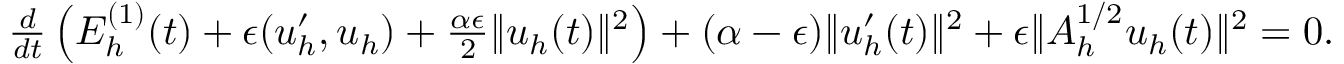
\begin{array} { r } { \frac { d } { d t } \left( { \cal E } _ { h } ^ { ( 1 ) } ( t ) + \epsilon ( u _ { h } ^ { \prime } , u _ { h } ) + \frac { \alpha \epsilon } { 2 } \| u _ { h } ( t ) \| ^ { 2 } \right) + ( \alpha - \epsilon ) \| u _ { h } ^ { \prime } ( t ) \| ^ { 2 } + \epsilon \| A _ { h } ^ { 1 / 2 } u _ { h } ( t ) \| ^ { 2 } = 0 . } \end{array}